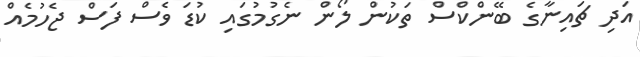
އަދި ޗައިނާގެ ބޭންކްސް ތަކުން ލޯން ނެގުމުގައި ކުޑަ ވެސް ފަސް ޖެހުމެއް